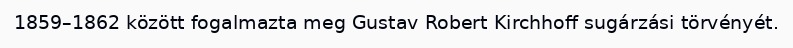
1859–1862 között fogalmazta meg Gustav Robert Kirchhoff sugárzási törvényét.